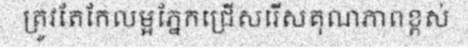
ត្រូវតែកែលម្អភ្នែកជ្រើសរើសគុណភាពខ្ពស់